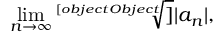
\operatorname* { l i m } _ { n \rightarrow \infty } { \sqrt [ [object Object] ] { | a _ { n } | } } ,